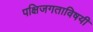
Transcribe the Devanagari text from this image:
पक्षिजगताविषयी